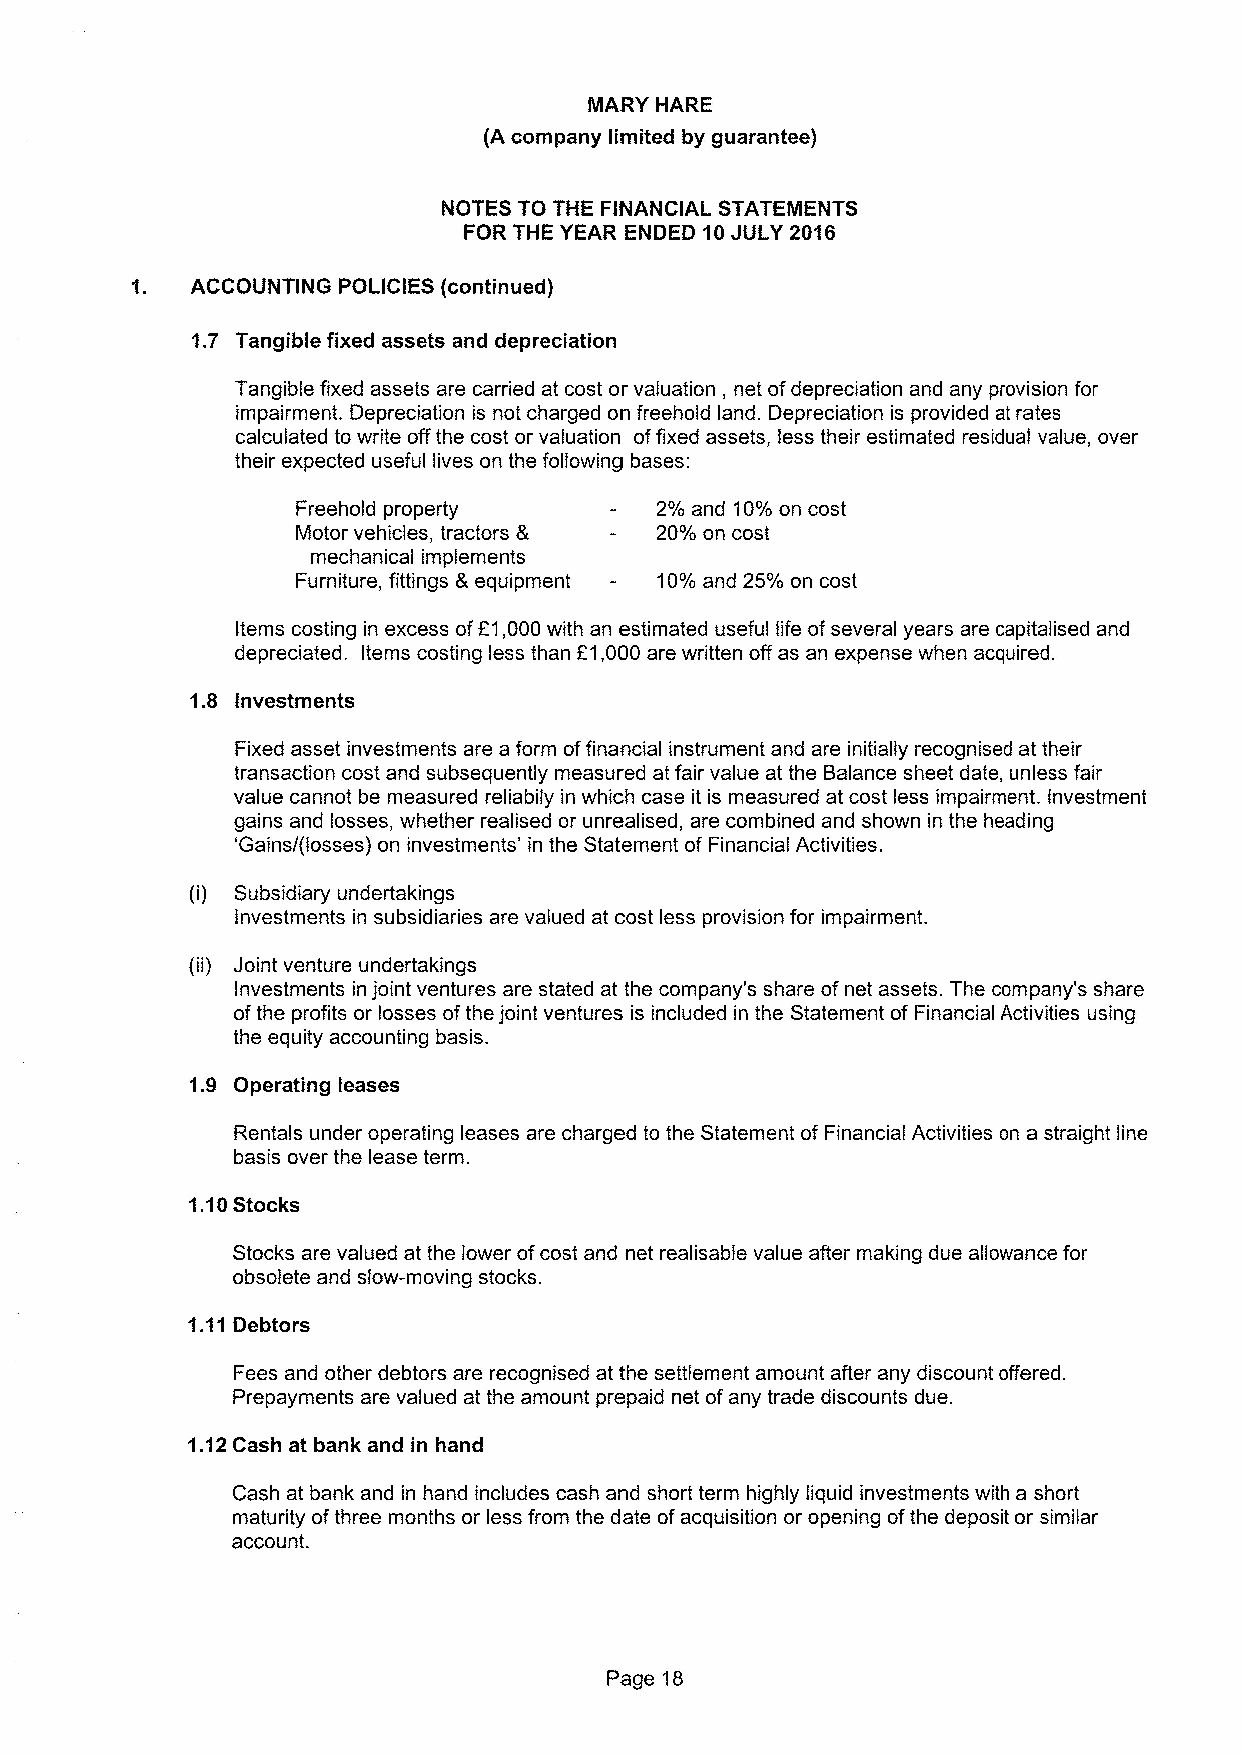
MARY HARE
 (A company limited by guarantee)
 NOTES TO THE FINANCIAL STATEMENTS
 FOR THE YEAR ENDED 10JULY 2016
 ACCOUNTING POLICIES (continued)
 1.7 Tangible fixed assets and depreciation
 Tangible fixed assets are carried at cost or valuation, net ofdepreciation and any provision for
 impairment. Depreciation is not charged on freehold land. Depreciation is provided at rates
 calculated to write offthe cost or valuation offixed assets, less their estimated residual value, over
 their expected useful lives on the following bases:
 Freehold property      2% and 10%on cost
 Motor vehicles, tractors 8 20%on cost
 mechanical implements
 Furniture, fittings 8 equipment 10%and 25%on cost
 Items costing in excess ofE1,000with an estimated useful life ofseveral years are capitalised and
 depreciated. Items costing less than E1,000 are written offas an expense when acquired.
 1.8 Investments
 Fixed asset investments are a form offinancial instrument and are initially recognised at their
 transaction cost and subsequently measured at fair value at the Balance sheet date, unless fair
 value cannot be measured reliabily in which case it is measured at cost less impairment. Investment
 gains and losses, whether realised or unrealised, are combined and shown in the heading
 'Gains/(losses) on investments' in the Statement of Financial Activities.
 (i) Subsidiary undertakings
 Investments in subsidiaries are valued at cost less provision for impairment.
 (ii) Joint venture undertakings
 investments in joint ventures are stated at the company's share ofnet assets. The company's share
 ofthe profits or losses ofthe joint ventures is included in the Statement of Financial Activities using
 the equity accounting basis.
 1.9 Operating leases
 Rentals under operating leases are charged to the Statement ofFinancial Activities on a straight line
 basis over the lease term.
 1.10Stocks
 Stocks are valued at the lower ofcost and net realisable value after making due allowance for
 obsolete and slow-moving stocks.
 1.11Debtors
 Fees and other debtors are recognised at the settlement amount after any discount offered.
 Prepayments are valued at the amount prepaid net ofany trade discounts due.
 1.12Cash at bank and in hand
 Cash at bank and in hand includes cash and short term highly liquid investments with a short
 maturity ofthree months or less from the date ofacquisition or opening ofthe deposit or similar
 account.
 Page 18